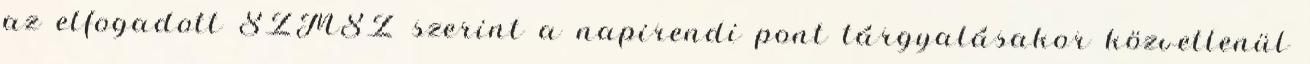
az elfogadott SZMSZ szerint a napirendi pont tárgyalásakor közvetlenül